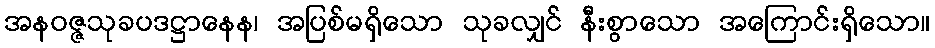
အနဝဇ္ဇသုခပဒဋ္ဌာနေန၊ အပြစ်မရှိသော သုခလျှင် နီးစွာသော အကြောင်းရှိသော။